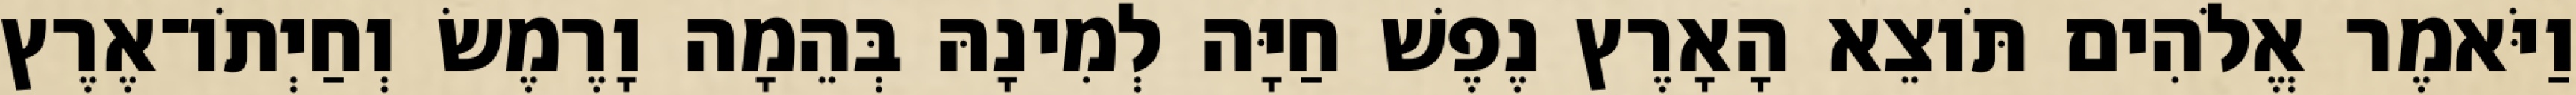
וַיֹּאמֶר אֱלֹהִים תֹּוצֵא הָאָרֶץ נֶפֶשׁ חַיָּה לְמִינָהּ בְּהֵמָה וָרֶמֶשׂ וְחַיְתֹו־אֶרֶץ